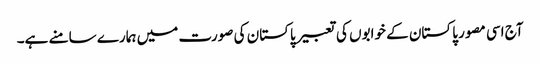
آج اسی مصور پاکستان کے خوابوں کی تعبیر پاکستان کی صورت میں ہمارے سامنے ہے۔